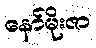
နော်မိုးဇာ